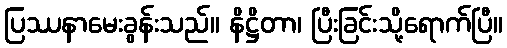
ပြဿနာမေးခွန်းသည်။ နိဋ္ဌိတာ၊ ပြီးခြင်းသို့ရောက်ပြီ။